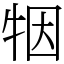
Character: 㸶